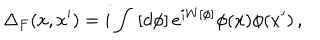
\Delta _ { F } ( x , x ^ { \prime } ) = i \int \, \left[ d \phi \right] e ^ { i W [ \phi ] } \phi ( x ) \phi ( x ^ { \prime } ) \, ,